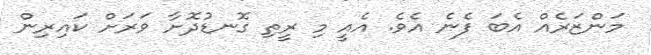
މަންޒަރެއް އެބަ ފެނެ އެވެ. އެއީ މި ރީތި ގޮނޑުދޮށާ ވަރަށް ކައިރިން